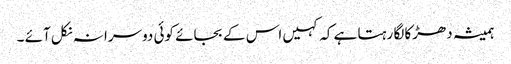
ہمیشہ دھڑکا لگا رہتا ہے کہ کہیں اس کے بجائے کوئی دوسرا نہ نکل آئے ۔